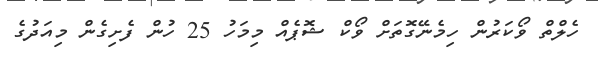
ހެލްތް ވޯކަރުން ހިމެނޭގޮތަށް ވޯކް ޝޮޕެއް މިމަހު 25 ހުން ފެށިގެން މިއަދުގެ